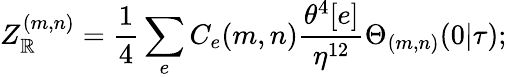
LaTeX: Z_{\mathbb{R}}^{(m,n)}=\frac{{1}}{{4}}\sum_{e}C_{e}(m,n)\frac{{\theta^{4}[e]}}{{\eta^{12}}}\Theta_{(m,n)}(0|\tau);